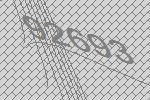
92693